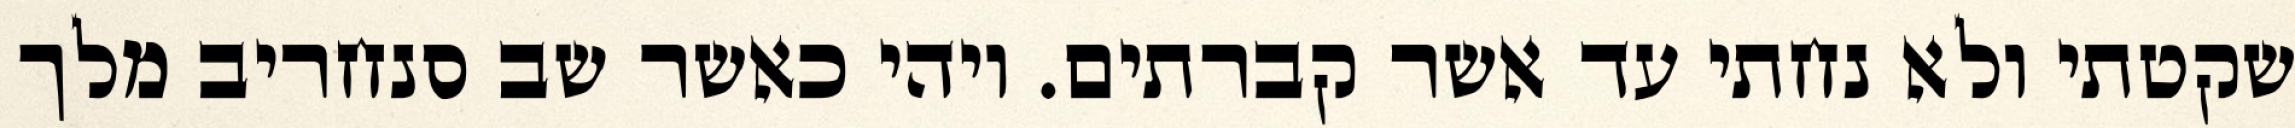
שקטתי ולא נחתי עד אשר קברתים. ויהי כאשר שב סנחריב מלך